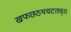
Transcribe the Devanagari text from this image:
खफछठथचटतव्॥